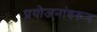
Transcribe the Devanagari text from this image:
प्रयोजनांवरून